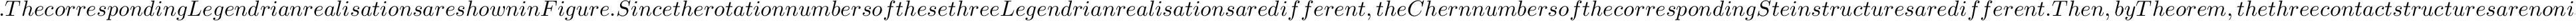
. T h e c o r r e s p o n d i n g L e g e n d r i a n r e a l i s a t i o n s a r e s h o w n i n F i g u r e . S i n c e t h e r o t a t i o n n u m b e r s o f t h e s e t h r e e L e g e n d r i a n r e a l i s a t i o n s a r e d i f f e r e n t , t h e C h e r n n u m b e r s o f t h e c o r r e s p o n d i n g S t e i n s t r u c t u r e s a r e d i f f e r e n t . T h e n , b y T h e o r e m , t h e t h r e e c o n t a c t s t r u c t u r e s a r e n o n i s o t o p i c . S i n c e t h e y a r e S t e i n f i l l a b l e ( u s i n g L e m m a ) t h e y h a v e z e r o G i r o u x t o r s i o n . T h i s t e l l s u s t h a t t h e r e a r e a t l e a s t t h r e e t i g h t c o n t a c t s t r u c t u r e s o n